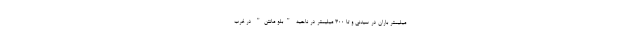
میلیمتر باران در سیدنی و تا ۳۰۰ میلیمتر در ناحیه "بلو مانتن" در غرب